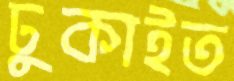
ঢুকাইত